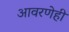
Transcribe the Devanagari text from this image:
आवरणेही